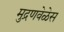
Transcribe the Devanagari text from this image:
मुद्रणवेळेस